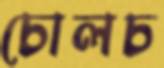
চোলচ